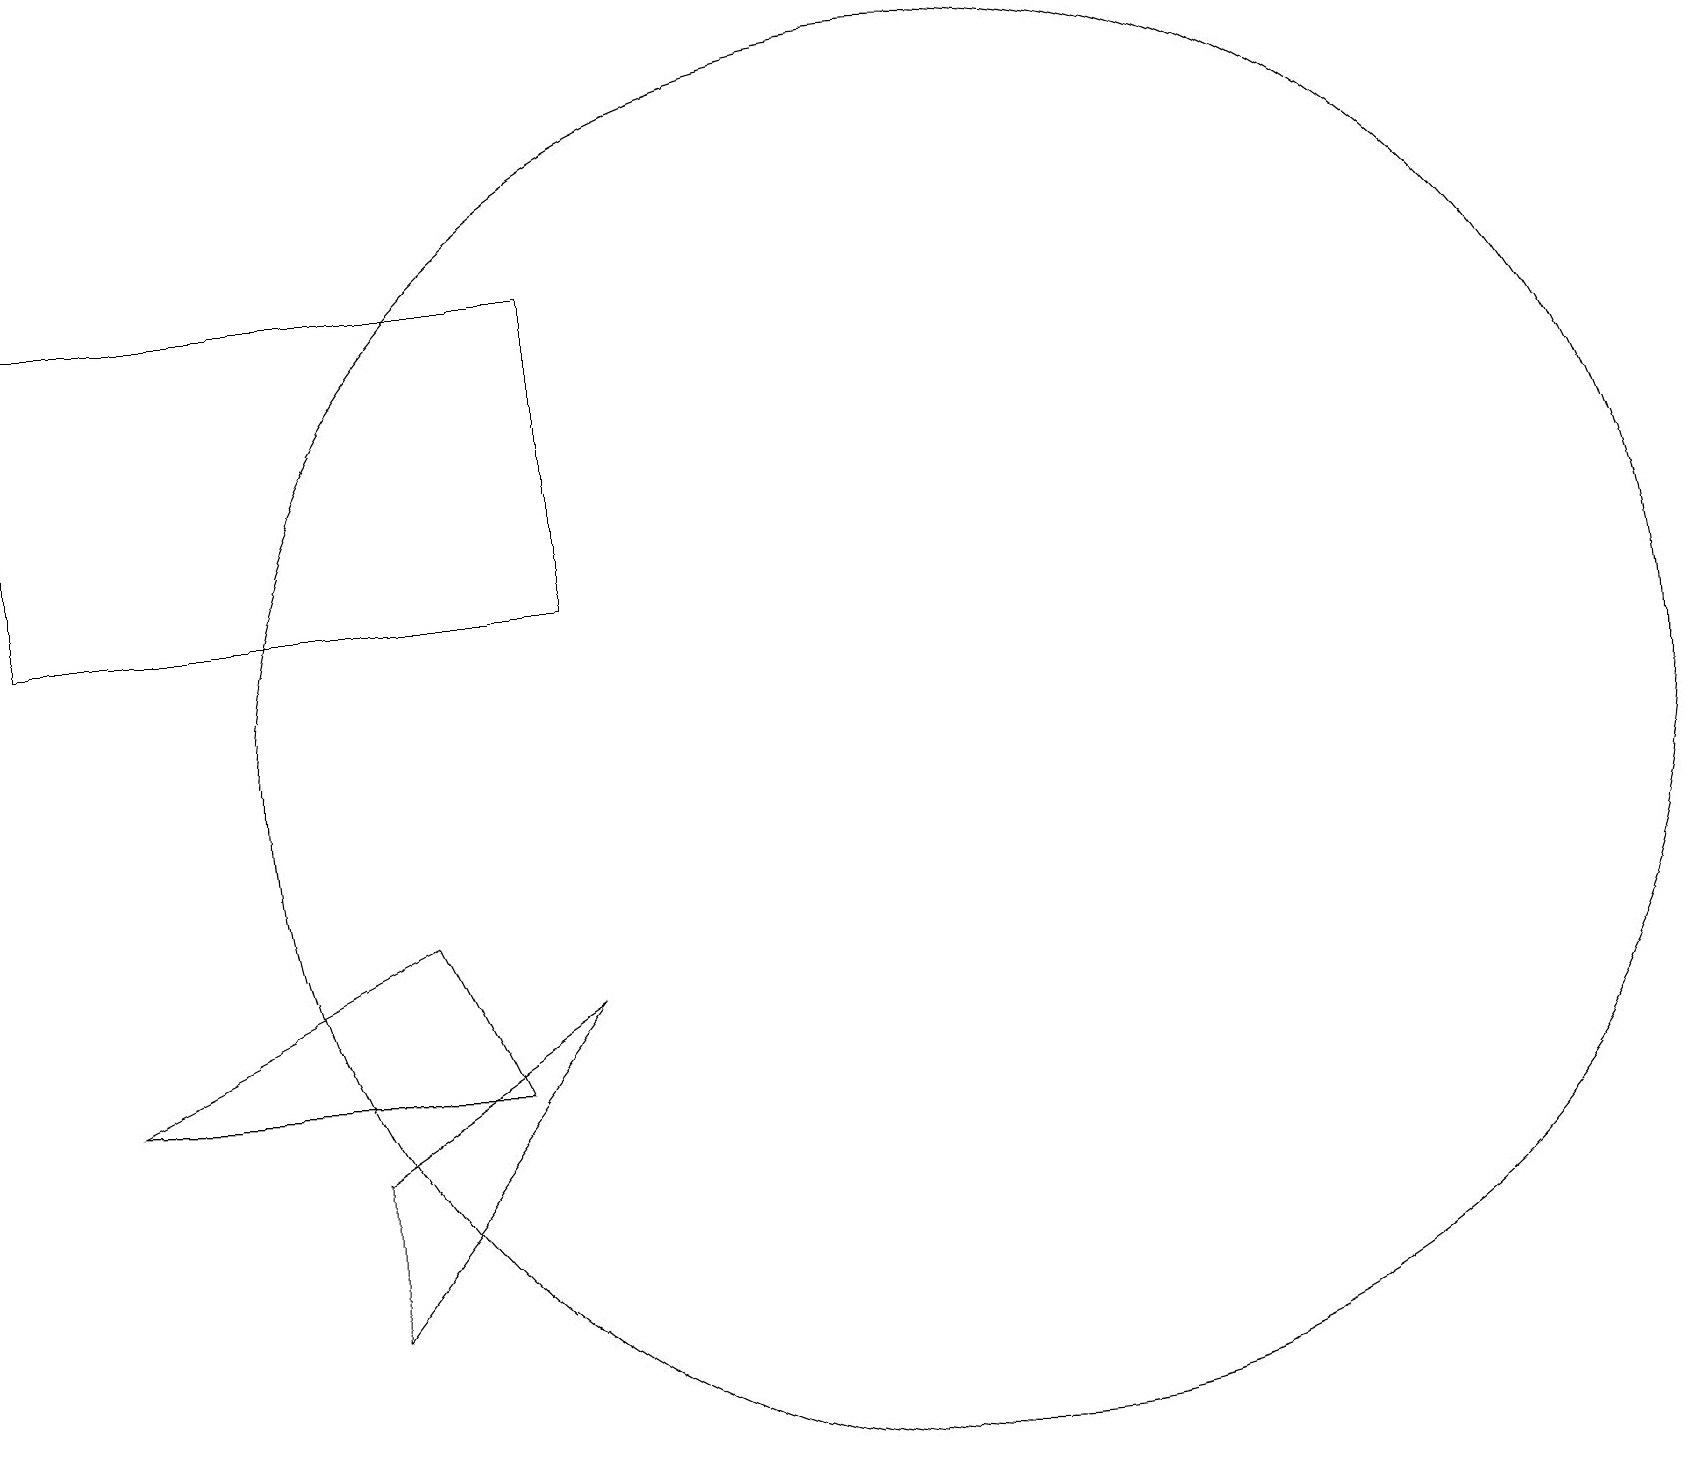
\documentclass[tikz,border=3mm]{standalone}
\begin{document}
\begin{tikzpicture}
\draw (7,7) -- (4,3) -- (4,5) -- cycle;
\draw (5,8) -- (6,6) -- (1,6) -- cycle;
\draw (12,10) circle (9);
\draw (7,12) rectangle (0,16);
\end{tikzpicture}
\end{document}